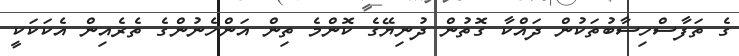
ގެ ތަފާސްހިސާބުތަކުން ދައްކާ ގޮތުން ދުނިޔޭގެ ކޮންމެ ތިން އަންހެނުންގެ ތެރެއިން އެކަކަކީ